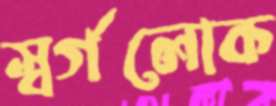
স্বর্গলোক